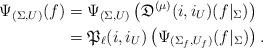
LaTeX: \begin{align*} \Psi_{(\Sigma, U)}(f) &= \Psi_{(\Sigma, U)}\left( \mathfrak{D}^{(\mu)} (i, i_U) (f|_{\Sigma}) \right) \\ &= \mathfrak{P}_{\ell}(i, i_U) \left( \Psi_{(\Sigma_f, U_f)} (f|_{\Sigma}) \right). \end{align*}